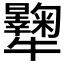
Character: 𤜔